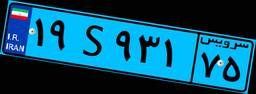
۸۵S۷۲۵۹۰